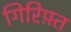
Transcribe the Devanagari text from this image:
गिरिफ़्त